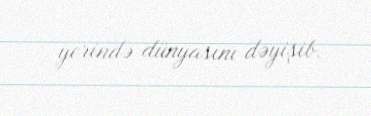
yerində dünyasını dəyişib.